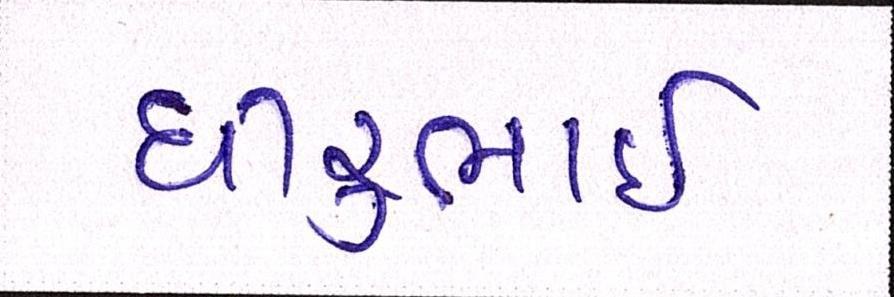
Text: ધીરુભાઇ